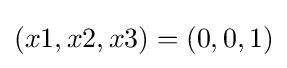
(x1,x2,x3)=(0,0,1)